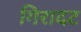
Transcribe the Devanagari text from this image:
गिरादट